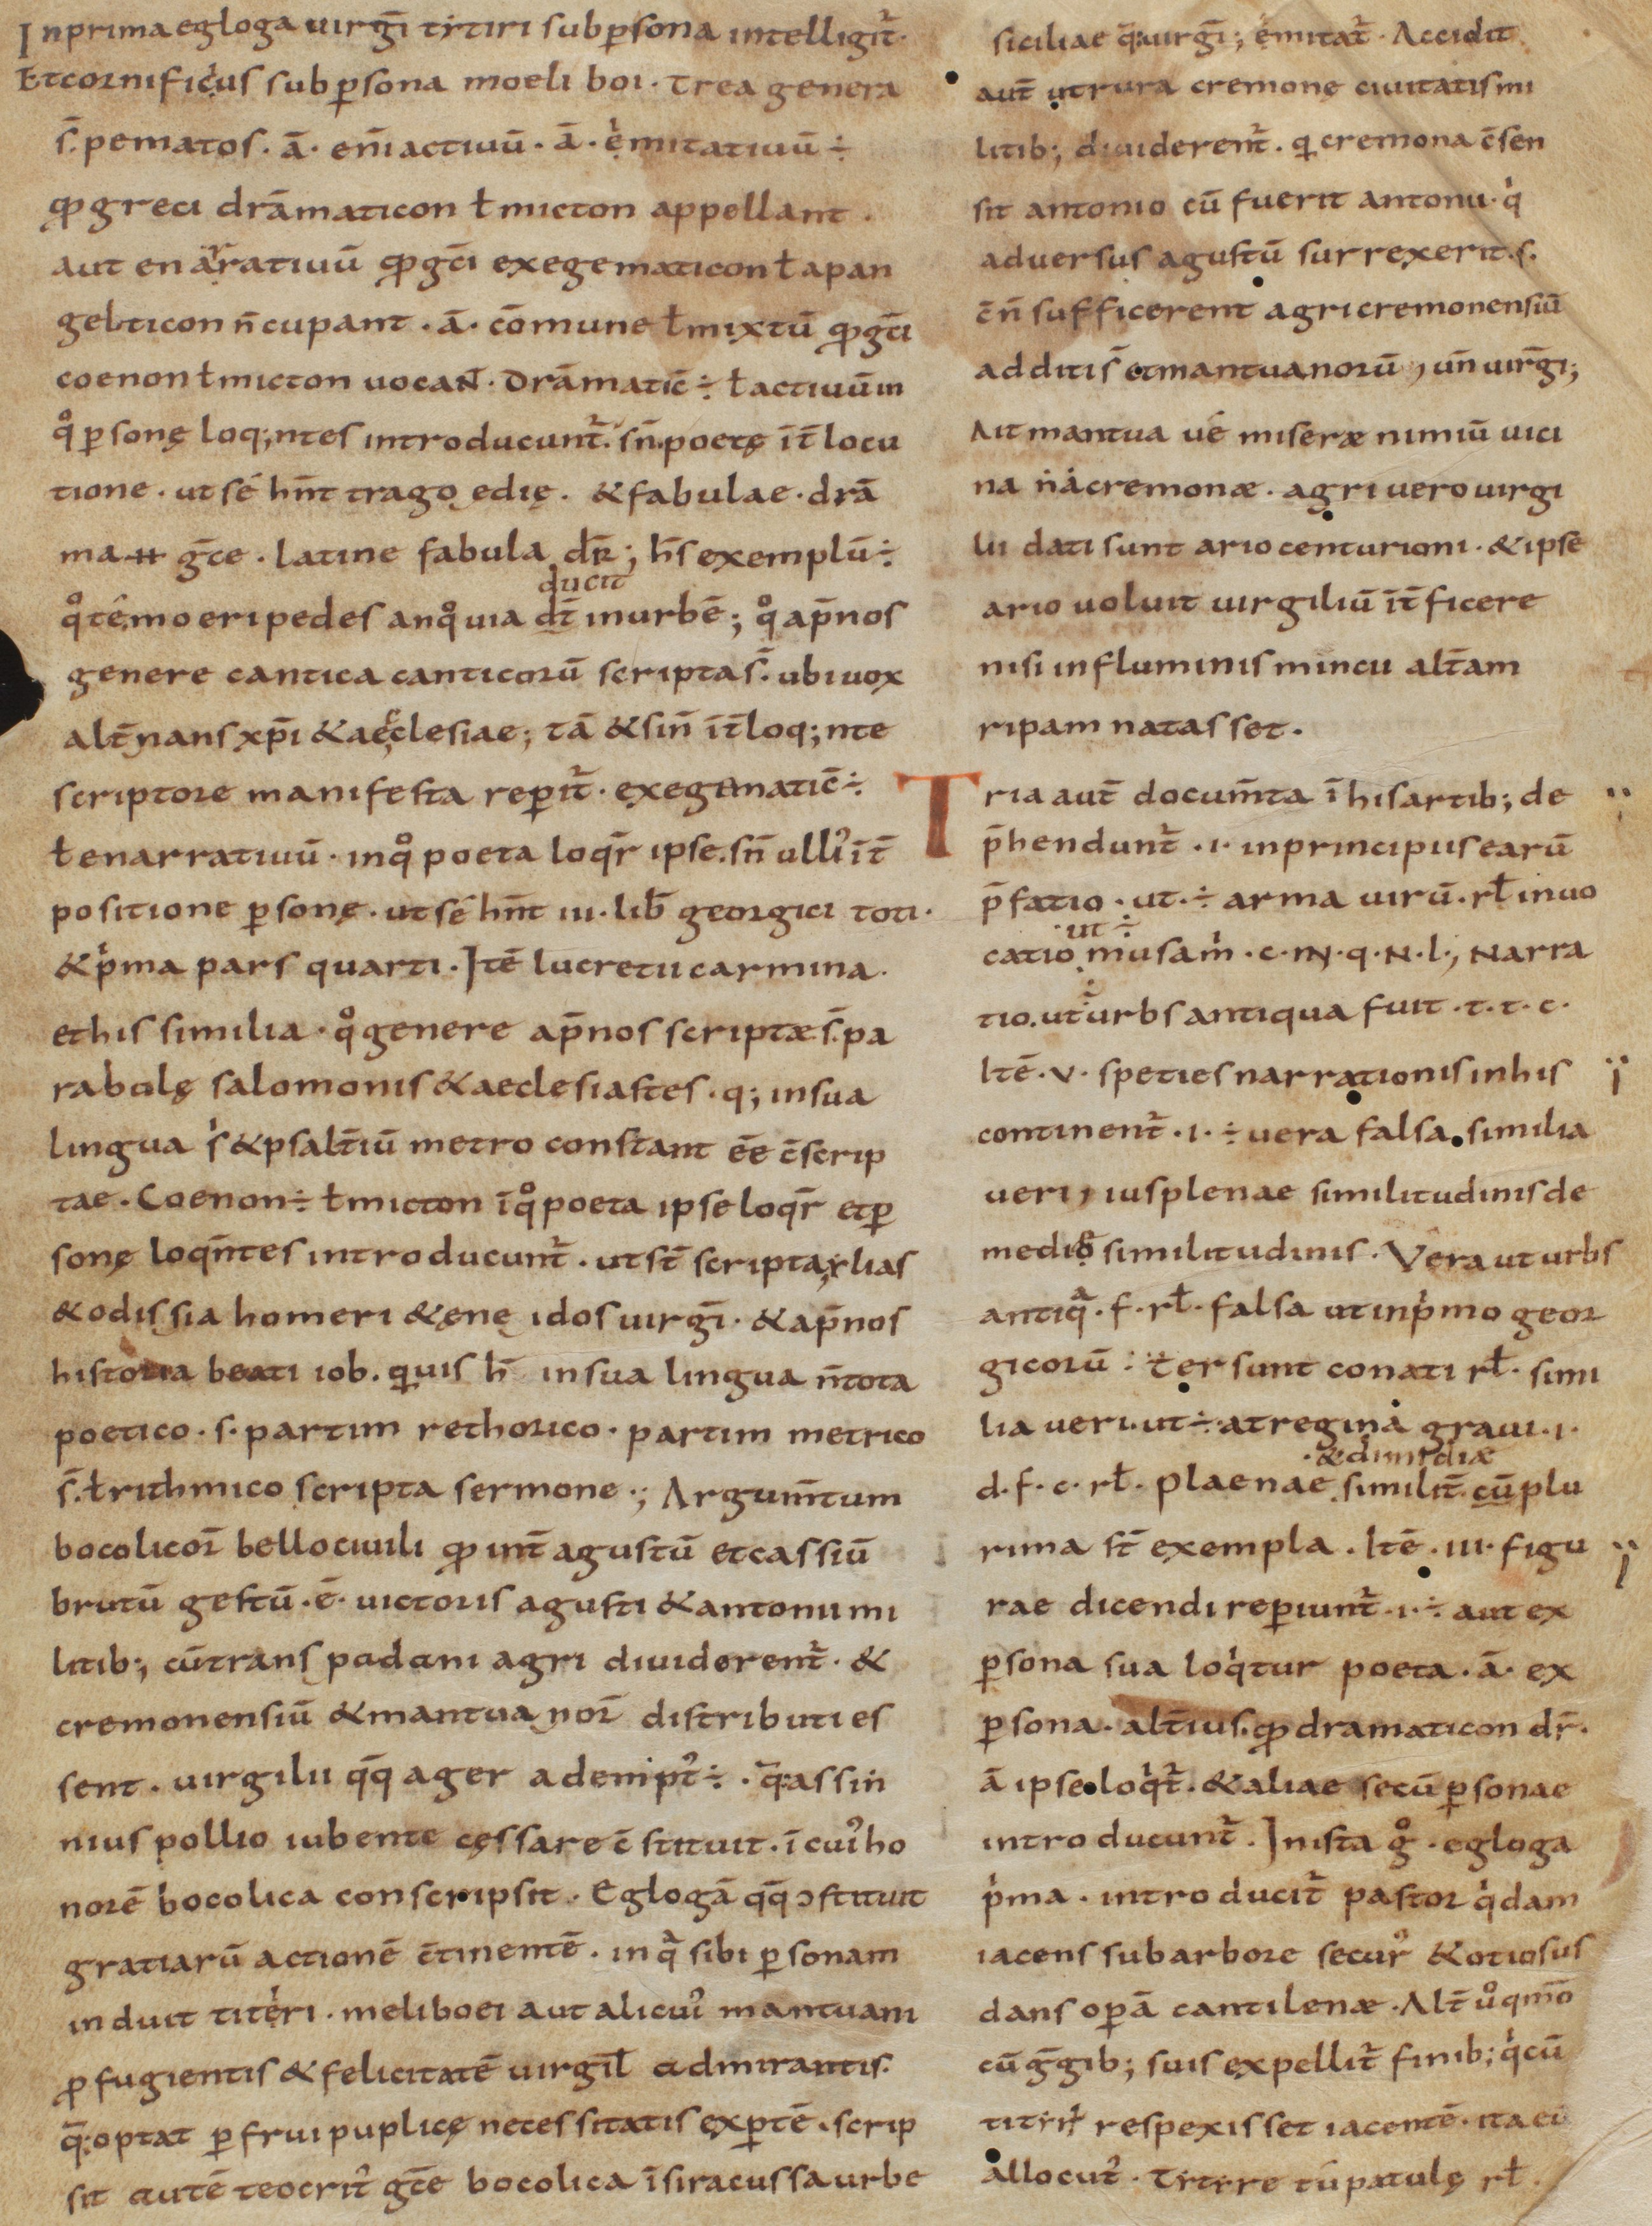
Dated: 850–999